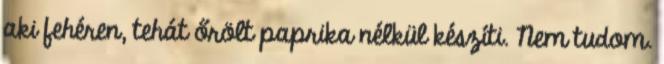
aki fehéren, tehát őrölt paprika nélkül készíti. Nem tudom.